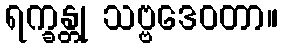
ရက္ခန္တု သဗ္ဗဒေဝတာ။